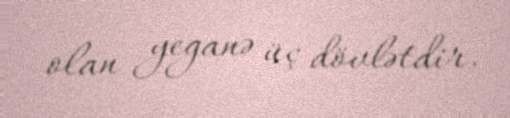
olan yeganə üç dövlətdir.